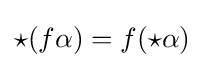
{\star }(f\alpha )=f({\star }\alpha )